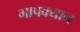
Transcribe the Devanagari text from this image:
गापक्यान